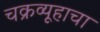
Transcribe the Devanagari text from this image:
चक्रव्यूहाचा